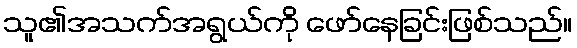
သူ၏အသက်အရွယ်ကို ဖော်နေခြင်းဖြစ်သည်။